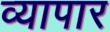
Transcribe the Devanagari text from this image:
व्यापार